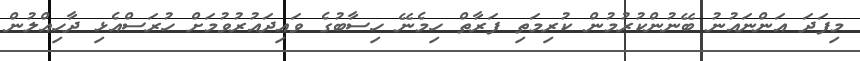
މިފަދަ އަންނައުނު ބޭނުންކުރުމުން ކުރިމަތި ފަރާތް ހިމެނޭ ހިސާބުގެ ވައިދައުރުވުމަށް ހުރަސްއެޅި ދާހިއްލުން